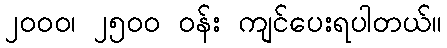
၂၀၀၀၊ ၂၅၀၀ ဝန်း ကျင်ပေးရပါတယ်။